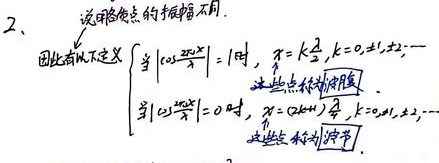
2、驻网格点的振幅不同。因此有以下定义：当\(\left|\cos\frac{2\pi x}{\lambda}\right| = 1\)时，\(x = k\frac{\lambda}{2},k = 0,\pm1,\pm2,\cdots\)这些点称为波腹。当\(\left|\cos\frac{2\pi x}{\lambda}\right| = 0\)时，\(x=(2k + 1)\frac{\lambda}{4},k = 0,\pm1,\pm2,\cdots\)这些点称为波节。